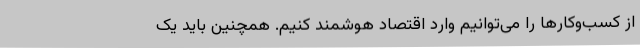
از کسب‌وکارها را می‌توانیم وارد اقتصاد هوشمند کنیم. همچنین باید یک